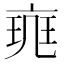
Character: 𠅪